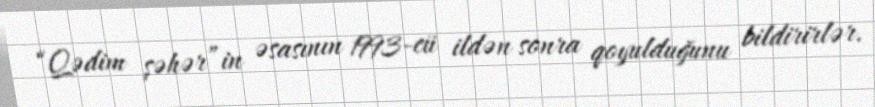
“Qədim şəhər”in əsasının 1993-cü ildən sonra qoyulduğunu bildirirlər.